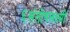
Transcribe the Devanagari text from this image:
६संतोषलक्ष्मी